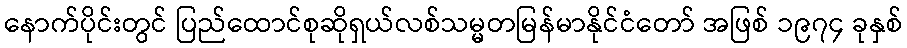
နောက်ပိုင်းတွင် ပြည်ထောင်စုဆိုရှယ်လစ်သမ္မတမြန်မာနိုင်ငံတော် အဖြစ် ၁၉၇၄ ခုနှစ်